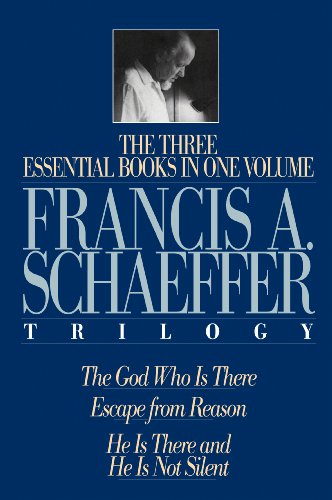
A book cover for The Francis A. Schaeffer Trilogy: Three Essential Books in One Volume; Francis A. Schaeffer; Religion & Spirituality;